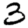
Digit: 3